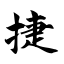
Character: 捷